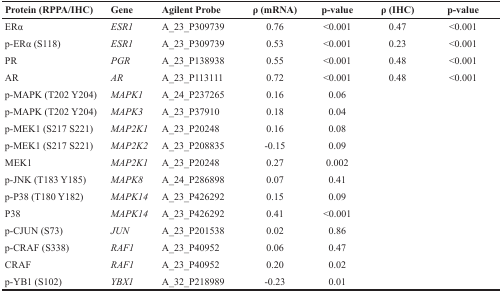
<table><thead><tr><td><b>Protein (RPPA/IHC)</b></td><td><b>Gene</b></td><td><b>Agilent Probe</b></td><td><b>ρ (mRNA)</b></td><td><b>p-value</b></td><td><b>ρ (IHC)</b></td><td><b>p-value</b></td></tr></thead><tbody><tr><td>ERα</td><td><i>ESR1</i></td><td>A_23_P309739</td><td>0.76</td><td>&lt;0.001</td><td>0.47</td><td>&lt;0.001</td></tr><tr><td>p-ERα (S118)</td><td><i>ESR1</i></td><td>A_23_P309739</td><td>0.53</td><td>&lt;0.001</td><td>0.23</td><td>&lt;0.001</td></tr><tr><td>PR</td><td><i>PGR</i></td><td>A_23_P138938</td><td>0.55</td><td>&lt;0.001</td><td>0.48</td><td>&lt;0.001</td></tr><tr><td>AR</td><td><i>AR</i></td><td>A_23_P113111</td><td>0.72</td><td>&lt;0.001</td><td>0.48</td><td>&lt;0.001</td></tr><tr><td>p-MAPK (T202 Y204)</td><td><i>MAPK1</i></td><td>A_24_P237265</td><td>0.16</td><td>0.06</td><td>[EMPTY_CELL]</td><td>[EMPTY_CELL]</td></tr><tr><td>p-MAPK (T202 Y204)</td><td><i>MAPK3</i></td><td>A_23_P37910</td><td>0.18</td><td>0.04</td><td>[EMPTY_CELL]</td><td>[EMPTY_CELL]</td></tr><tr><td>p-MEK1 (S217 S221)</td><td><i>MAP2K1</i></td><td>A_23_P20248</td><td>0.16</td><td>0.08</td><td>[EMPTY_CELL]</td><td>[EMPTY_CELL]</td></tr><tr><td>p-MEK1 (S217 S221)</td><td><i>MAP2K2</i></td><td>A_23_P208835</td><td>-0.15</td><td>0.09</td><td>[EMPTY_CELL]</td><td>[EMPTY_CELL]</td></tr><tr><td>MEK1</td><td><i>MAP2K1</i></td><td>A_23_P20248</td><td>0.27</td><td>0.002</td><td>[EMPTY_CELL]</td><td>[EMPTY_CELL]</td></tr><tr><td>p-JNK (T183 Y185)</td><td><i>MAPK8</i></td><td>A_24_P286898</td><td>0.07</td><td>0.41</td><td>[EMPTY_CELL]</td><td>[EMPTY_CELL]</td></tr><tr><td>p-P38 (T180 Y182)</td><td><i>MAPK14</i></td><td>A_23_P426292</td><td>0.15</td><td>0.09</td><td>[EMPTY_CELL]</td><td>[EMPTY_CELL]</td></tr><tr><td>P38</td><td><i>MAPK14</i></td><td>A_23_P426292</td><td>0.41</td><td>&lt;0.001</td><td>[EMPTY_CELL]</td><td>[EMPTY_CELL]</td></tr><tr><td>p-CJUN (S73)</td><td><i>JUN</i></td><td>A_23_P201538</td><td>0.02</td><td>0.86</td><td>[EMPTY_CELL]</td><td>[EMPTY_CELL]</td></tr><tr><td>p-CRAF (S338)</td><td><i>RAF1</i></td><td>A_23_P40952</td><td>0.06</td><td>0.47</td><td>[EMPTY_CELL]</td><td>[EMPTY_CELL]</td></tr><tr><td>CRAF</td><td><i>RAF1</i></td><td>A_23_P40952</td><td>0.20</td><td>0.02</td><td>[EMPTY_CELL]</td><td>[EMPTY_CELL]</td></tr><tr><td>p-YB1 (S102)</td><td><i>YBX1</i></td><td>A_32_P218989</td><td>-0.23</td><td>0.01</td><td>[EMPTY_CELL]</td><td>[EMPTY_CELL]</td></tr></tbody></table>